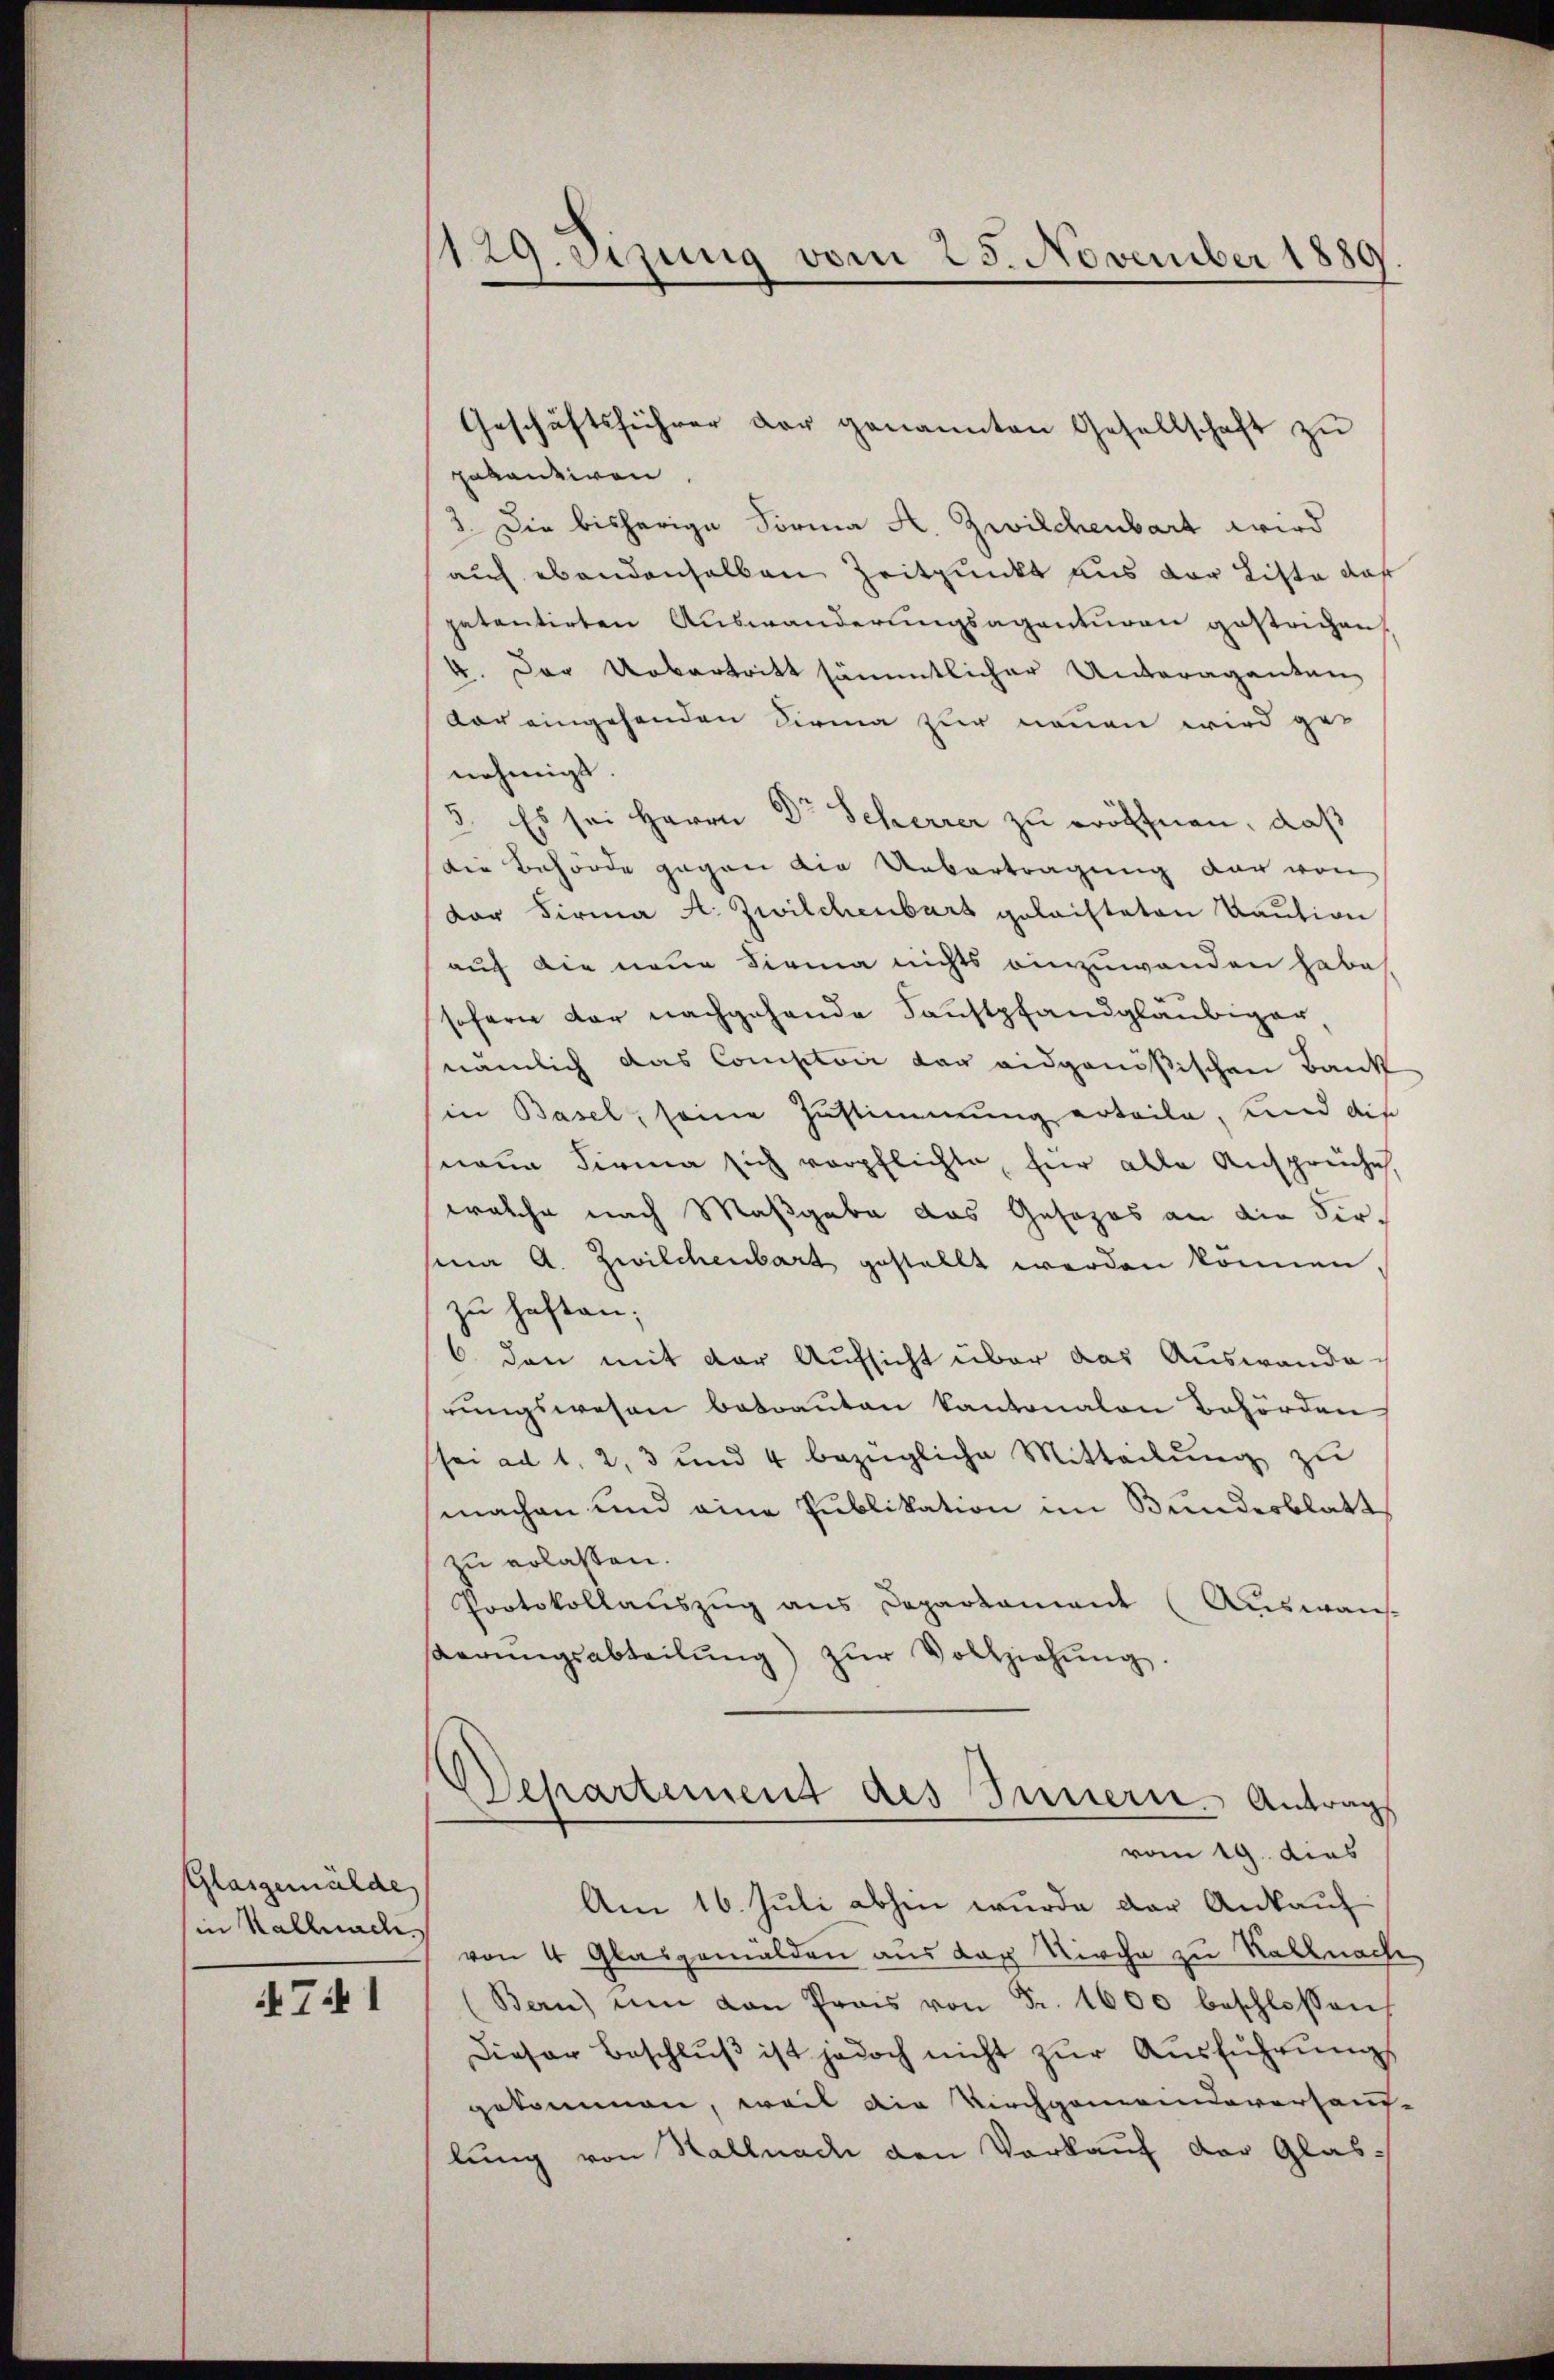
Glasgemälde
in Kallad

741

129. Jezung vom 25. November 1889

Geschäftsführer der genannten Gesellschaft zu
pakantiren.
3. Die bisherige Forma A. Zwilchenbart wird
auf ebendenselben Zeitpunkt aus der Liste daß
patentirten Auswanderungsagenturen gestrichen,
4. Der Uebertritt sämmtlicher Unteraganten
var eingehenden Firma zur neuen wird ge-
nehmigt.
3. Es sei Herrn Dr Scherrer zu eröffnen, daß
Die Behörde gegen die Uebertragung der von
der Firma A. Zwilchenbart gelaisteten Taution
auf die neue Firma nichts einzuwenden habe,
sofern der nachgehende Saustpfandgläubiger
nämlich das Comptoir der eidgenößischen Bank
in Basel, seine Zustimmung erteile, und die
naue Firma sich verpflichte, für alle Ansprüche,
welche nach Maßgabe das Gesezes an die Firsina A. Zwilchenbart gestellt werden können.
zu haften;
6. den mit der Aufsicht über das Auswande
rungswesen betrauten Kantonalen Behörden
ssei ad 1, 2, 3 und 4 bezügliche Mitteilŭng zu
machen und eine Publikation im Bundesblatt
zu erlassen.
Protokollaŭszŭg ans Departament (Auswans-
derŭngsabteilŭng zŭr Vollziehŭng.
Departement des Innern. Antrag
vom 19. dies
Am 16. Juli abhin wurde der Ankauf
von 4 Glasgemälden aus der Kirche zu Kalnach
(Bern) um von Prais von Fr. 1600 beschlossen
Dieser Beschluß ist jedoch nicht zur Ausführungs
gekommen, weil die Kirchgemeindeverhaus-
lung von Hall nach den Verkauf der Glas¬